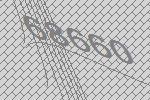
68660